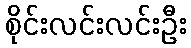
စိုင်းလင်းလင်းဦး